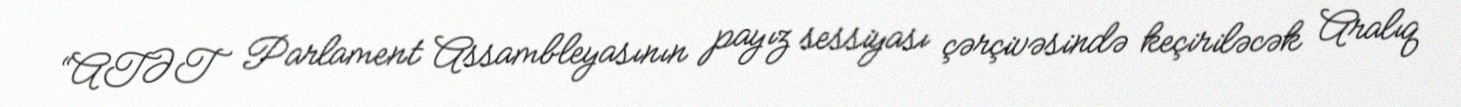
“ATƏT Parlament Assambleyasının payız sessiyası çərçivəsində keçiriləcək Aralıq